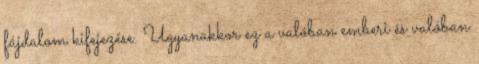
fájdalom kifejezése. Ugyanakkor ez a valóban emberi és valóban